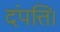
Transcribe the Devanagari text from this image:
दंपत्ति।